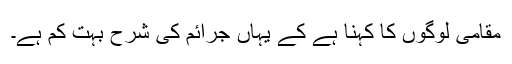
مقامی لوگوں کا کہنا ہے کے یہاں جرائم کی شرح بہت کم ہے۔